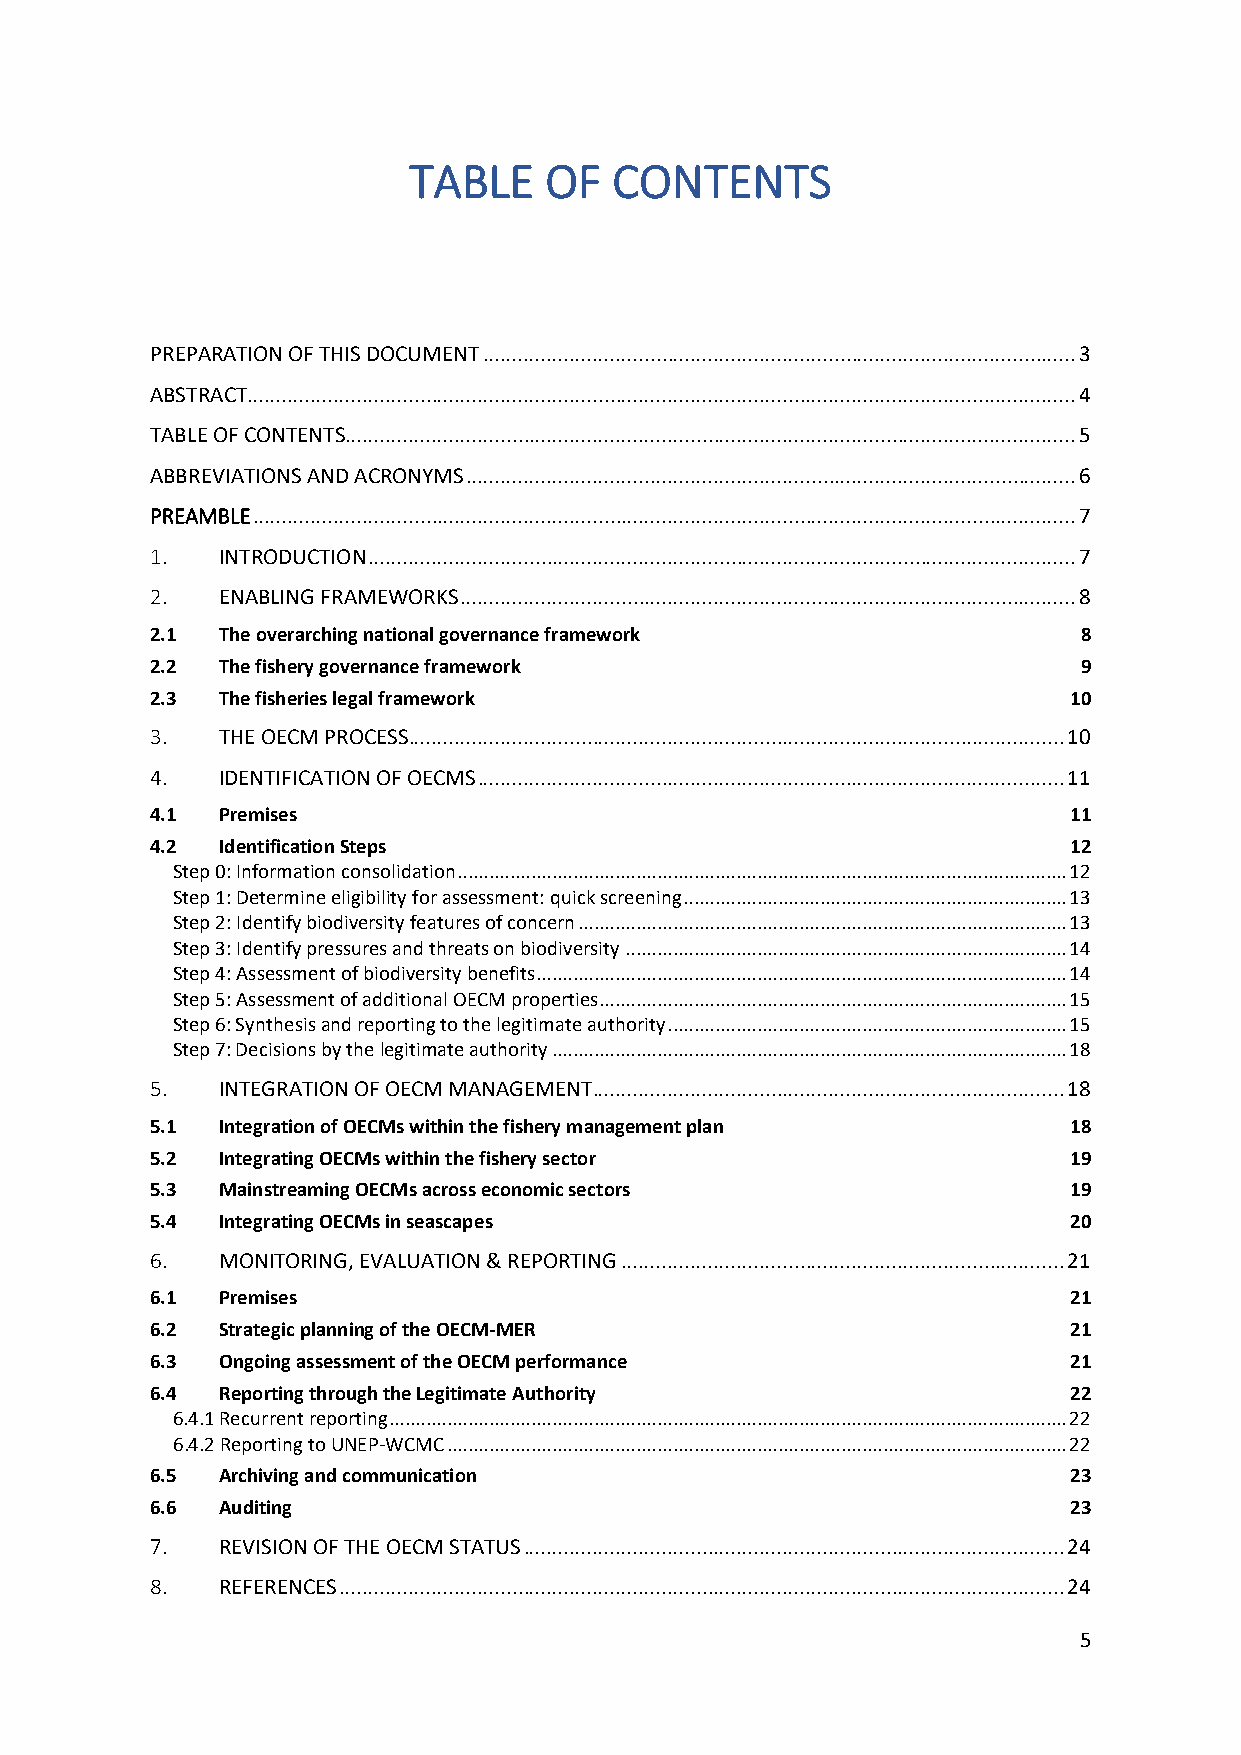
TABLE    OF   CONTENTS
 PREPARATION OF THIS DOCUMENT ....................................................................................................... 3
 ABSTRACT ................................................................................................................................................ 4
 TABLE OF CONTENTS ............................................................................................................................... 5
 ABBREVIATIONS AND ACRONYMS .......................................................................................................... 6
 PREAMBLE ............................................................................................................................................... 7
 1.  INTRODUCTION ........................................................................................................................... 7
 2.  ENABLING FRAMEWORKS ........................................................................................................... 8
 2.1 The overarching national governance framework             8
 2.2 The fishery governance framework                          9
 2.3 The fisheries legal framework                            10
 3.  THE OECM PROCESS .................................................................................................................. 10
 4.  IDENTIFICATION OF OECMS ...................................................................................................... 11
 4.1 Premises                                                 11
 4.2 Identification Steps                                     12
 Step 0: Information consolidation .................................................................................................................... 12
 Step 1: Determine eligibility for assessment: quick screening ......................................................................... 13
 Step 2: Identify biodiversity features of concern ............................................................................................. 13
 Step 3: Identify pressures and threats on biodiversity .................................................................................... 14
 Step 4: Assessment of biodiversity benefits..................................................................................................... 14
 Step 5: Assessment of additional OECM properties......................................................................................... 15
 Step 6: Synthesis and reporting to the legitimate authority ............................................................................ 15
 Step 7: Decisions by the legitimate authority .................................................................................................. 18
 5.  INTEGRATION OF OECM MANAGEMENT .................................................................................. 18
 5.1 Integration of OECMs within the fishery management plan  18
 5.2 Integrating OECMs within the fishery sector              19
 5.3 Mainstreaming OECMs across economic sectors              19
 5.4 Integrating OECMs in seascapes                           20
 6.  MONITORING, EVALUATION & REPORTING ............................................................................. 21
 6.1 Premises                                                 21
 6.2 Strategic planning of the OECM-MER                       21
 6.3 Ongoing assessment of the OECM performance               21
 6.4 Reporting through the Legitimate Authority               22
 6.4.1 Recurrent reporting ................................................................................................................................. 22
 6.4.2 Reporting to UNEP-WCMC ...................................................................................................................... 22
 6.5 Archiving and communication                              23
 6.6 Auditing                                                 23
 7.  REVISION OF THE OECM STATUS .............................................................................................. 24
 8.  REFERENCES .............................................................................................................................. 24
 5